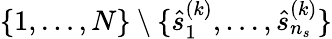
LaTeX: \{ 1,\ldots,N\} \setminus\{ \hat{s}_{1}^{(k)},\ldots,\hat{s}_{n_{s}}^{(k)}\}